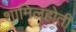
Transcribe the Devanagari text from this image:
शामिलहोती